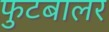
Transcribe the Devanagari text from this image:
फुटबालर